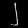
Digit: ၂